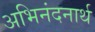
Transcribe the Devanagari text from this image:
अभिनंदनार्थ